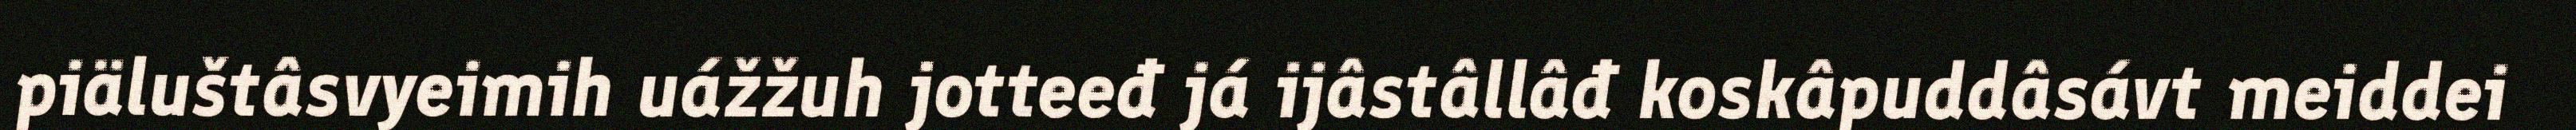
piäluštâsvyeimih uážžuh jotteeđ já ijâstâllâđ koskâpuddâsávt meiddei